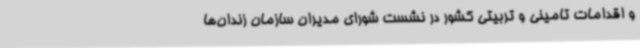
و اقدامات تامینی و تربیتی کشور در نشست شورای مدیران سازمان زندان‌ها